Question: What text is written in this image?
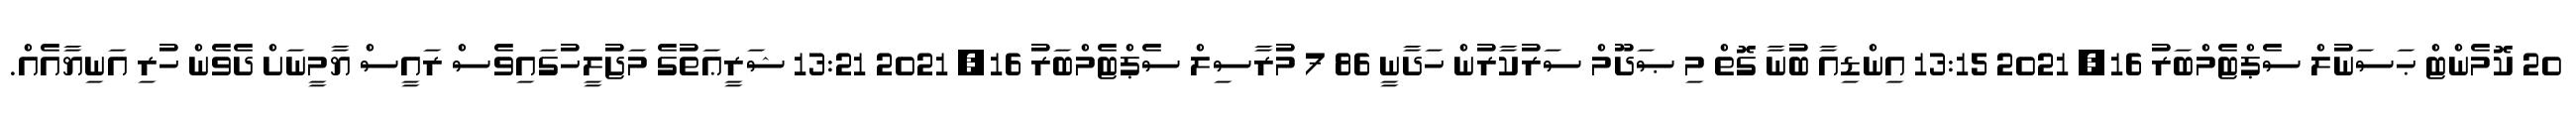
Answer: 20 ކޮމެންޓް ޙަސަނުލް ސެޕްޓެމްބަރު 16, 2021 13:15 އިންޑިއާ ބުނާ ގޮތް މި ޞަދޫމް ސަރުކާރުން ހަދާނީ 86 7 މުރާސިލް ސެޕްޓެމްބަރު 16, 2021 13:21 ޝަރީޢަތުގެ މަޖުލީހުގައިވެސް ރައީސް ޔާމީނަށް ދެވެން ހުރި އަނިޔާއެއް.